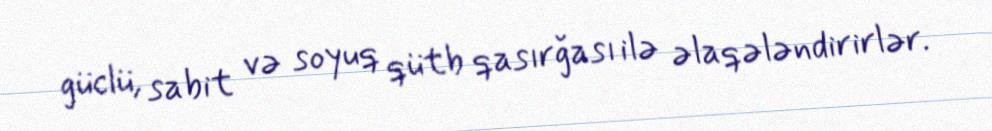
güclü, sabit və soyuq qütb qasırğası ilə əlaqələndirirlər.